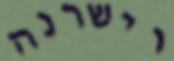
וישרנה